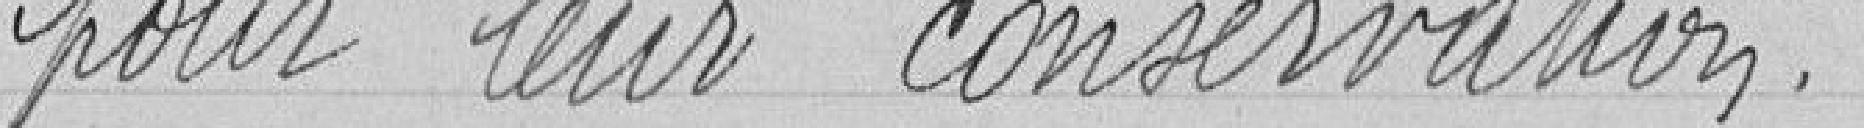
pour leur conservation.